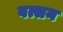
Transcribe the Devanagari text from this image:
वत्सन